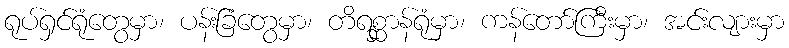
ရုပ်ရှင်ရုံတွေမှာ၊ ပန်းခြံတွေမှာ၊ တိရစ္ဆာန်ရုံမှာ၊ ကန်တော်ကြီးမှာ၊ အင်းလျားမှာ